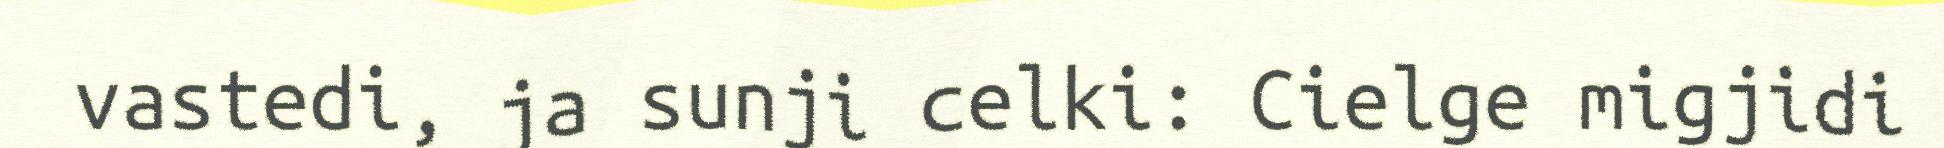
vastedi, ja sunji celki: Cielge migjidi